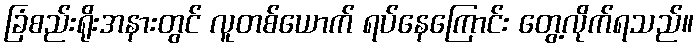
ခြံစည်းရိုးအနားတွင် လူတစ်ယောက် ရပ်နေကြောင်း တွေ့လိုက်ရသည်။